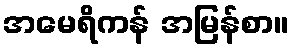
အမေရိကန် အမြန်စာ။